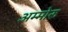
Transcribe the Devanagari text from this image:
अम्मोरु